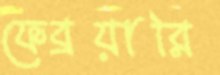
ফেব্রয়ারি